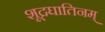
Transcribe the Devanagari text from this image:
शूद्रघातिनम्